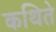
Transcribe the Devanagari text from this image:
कथिते